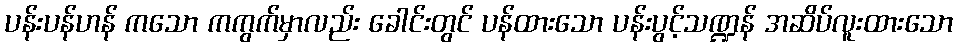
ပန်းပန်ဟန် ကသော ကကွက်မှာလည်း ခေါင်းတွင် ပန်ထားသော ပန်းပွင့်သဏ္ဍန် အဆိပ်လူးထားသော